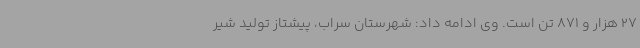
27 هزار و 871 تن است. وی ادامه داد: شهرستان‌ سراب، پیشتاز تولید شیر